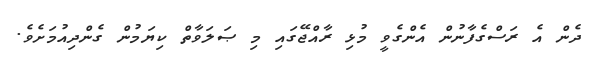
ދެން އެ ރަސްގެފާނުން އެންގެވީ މުޅި ރާއްޖޭގައި މި ޞަލަވާތް ކިޔަމުން ގެންދިއުމަށެވެ.